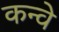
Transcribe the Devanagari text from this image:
कन्वे